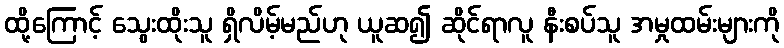
ထို့ကြောင့် သွေးထိုးသူ ရှိလိမ့်မည်ဟု ယူဆ၍ ဆိုင်ရာလူ နီးစပ်သူ အမှုထမ်းများကို